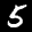
Label: 5